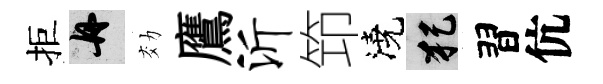
拒舟効鷹沂笻澆犯習伉